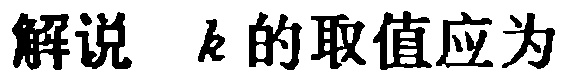
解说 \(k\) 的取值应为